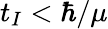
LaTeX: t_{I}<\hbar/\mu